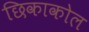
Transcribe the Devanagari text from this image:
छिकाकोल